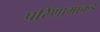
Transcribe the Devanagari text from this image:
परिणामांकडे